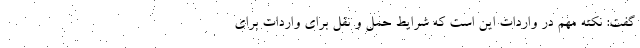
گفت: نکته مهم در واردات این است که شرایط حمل و نقل برای واردات برای